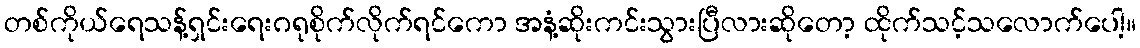
တစ်ကိုယ်ရေသန့်ရှင်းရေးဂရုစိုက်လိုက်ရင်ကော အနံ့ဆိုးကင်းသွားပြီလားဆိုတော့ ထိုက်သင့်သလောက်ပေါ့။